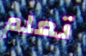
تعلم